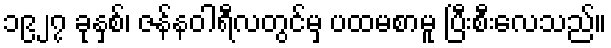
၁၉၂၇ ခုနှစ်၊ ဇန်နဝါရီလတွင်မှ ပထမစာမူ ပြီးစီးလေသည်။